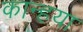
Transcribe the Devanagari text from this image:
कान्हया